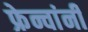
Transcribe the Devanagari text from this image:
फ्रेन्चांनी